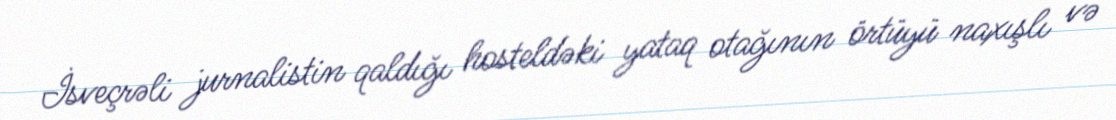
İsveçrəli jurnalistin qaldığı hosteldəki yataq otağının örtüyü naxışlı və